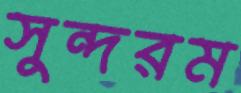
সুন্দরম